Vaccination in Burma 1900-1911 - 1900-1911
Year: 1900
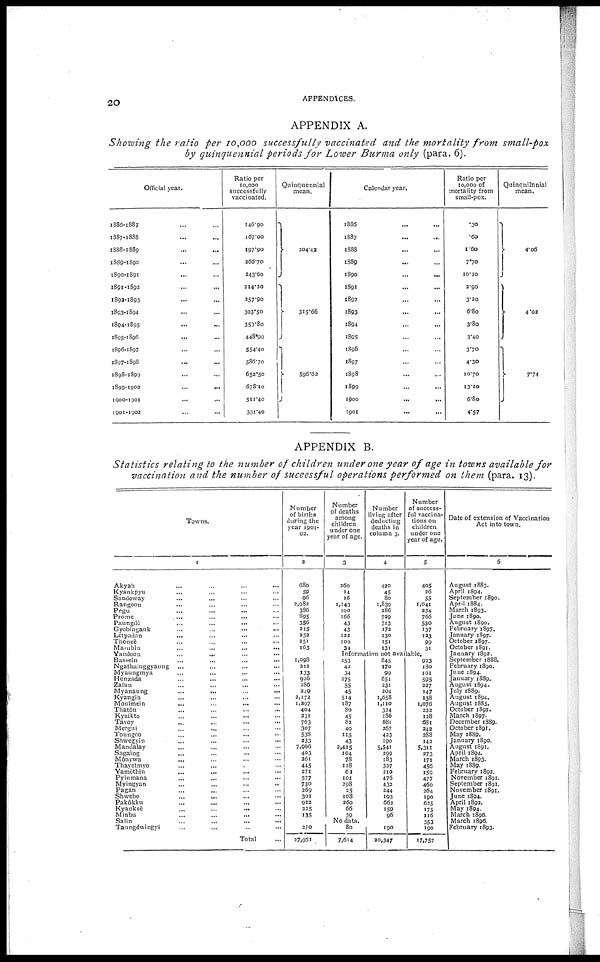
20
APPENDICES.
APPENDIX A.
Showing the ratio per 10,000 successfully vaccinated and the mortality from small-pox
by quinquennial periods for Lower Burma only (para. 6).
Official year.
1886-1887 ... ...
1887-1888 ... ...
1888-1889 ... ...
1889-1890 ... ...
1890-1891
...
...
1891-1892 ... ...
1892-1893 ... ...
1893-1894 ... ...
1894-1895
...
...
1895-1896 ... ...
1896-1897 ... ...
1897-1898 ... ...
1898-1899 ... ...
1899-1900 ... ...
1900-1901 ... ...
1901-1902 ... ...
Ratio per
10,000
successfully
vaccinated.
146.90
167.00
197.90
266.70
243.60
214.20
257.90
303.50
353.80
448.90
554.40
586.70
652.50
678.10
511.40
331.40
Quinquennial
mean.
204.42
315.66
596.62
Calendar year.
1886 ... ...
1887 ... ...
1888 ... ...
1889 ... ...
1890 ... ...
1891 ... ...
1892 ... ...
1893 ... ...
1894 ... ...
1895 ... ...
1896 ... ...
1897 ... ...
1898 ... ...
1899 ... ...
1900
...
...
1901
...
...
Ratio per
10,000 Of
mortality from
small-pox.
.30
.60
1.60
7.70
10.10
3.90
3.20
6.80
3.8o
3.40
3.70
4.30
10.70
13.20
6.8o
4.57
Quinquilnnial
mean.
4.06
4.02
7.74
APPENDIX B.
Statistics relating to the number of children under one year of age in towns available for
vaccination and the number of successful operations performed on them (para. 13).
Towns.
1
Akyab ... ... ... ...
Kyankpyu ... ... ... ...
Sandoway ... ... ... ...
Rangoon ... ... ... ...
Pegu ... ... ... ...
Prome ... ... ... ...
Paungde ... ... ... ...
Gyobingauk ... ... ... ...
Letpadsn ... ... ... ...
Thonzè ... ... ... ...
Ma-ubin ... ... ... ...
Yandoon ... ... ... ...
Bassein ... ... ... ...
Ngathainggyanng ... ... ... ...
Myaungmya ... ... ... ...
Henzada ... ... ... ...
Zalun ... ... ... ...
Myanaung ... ... ... ...
Kyangin ... ... ... ...
Moulmein ... ... ... ...
Thatôn ... ... ... ...
Kyaikto ... ... ... ...
Tavoy ... ... ... ...
Mergui ... ... ... ...
Toungoo ... ... ... ...
Shwegyin ... ... ... ...
Mandalay ... ... ... ...
Sagaing ... ... ... ...
Mônywa ... ... ... ...
Thayetmyo ... ... ... ...
Yamèthin ... ... ... ...
Pyinmana ... ... ... ...
Myingyan ... ... ... ...
Pagan ... ... ... ...
Shwebo ... ... ... ...
Pakôkku ... ... ... ...
Kyauksè ... ... ... ...
Minbu ... ... ... ...
Salin ... ... ... ...
Taungdwingyi ... ... ... ...
Total ... ... ... ...
Number
of births
during the
year 1901-
02.
2
680
59
96
2,982
386
895
356
215
252
251
165
Number
of deaths
among
children
under one
year of age.
3
260
14
16
1,143
100
166
43
43
122
100
34
Number
living after
deducting
deaths in
column 3.
4
420
45
80
1,839
286
729
313
172
130
151
131
Number
of success-
ful vaccina-
tions on
children
under one
year of age.
5
405
36
55
1,041
234
766
530
137
123
99
31
Information not available.
1,098
212
133
926
286
249
2,172
1,297
404
231
763
307
538
333
7,966
403
261
445
271
577
730
269
301
922
225
135
253
42
34
275
55
45
514
187
80
45
82
40
115
43
2,425
104
78
118
61
101
298
25
108
260
66
39
845
170
99
651
231
204
1,658
1,110
324
186
681
267
423
190
5,541
299
183
337
210
476
432
244
193
662
159
96
No data.
270
27,961
80
7,614
190
20,347
923
180
101
595
227
147
138
1,076
222
128
681
242
288
142
5,311
273
171
456
159
477
460
264
190
625
175
116
353
190
17,757
Date of extension of Vaccination
Act into town.
6
August 1883.
April 1894.
September 1890.
April 1884.
March 1893.
June 1890.
August 1890.
February 1897.
January 1897.
October 1897.
October 1891.
January 1892.
September 1888.
February 1890.
June 1894.
January 1889.
August 1894.
July 1889.
August 1894.
August 1885.
October 1891.
March 1897.
December 1889.
October 1891.
May 1889.
January 1890.
August 1891.
April 1894.
March 1893.
May 1889.
February 1892.
November 1891.
September 1891.
November 1891.
June 1894.
April 1893.
May 1894.
March 1896.
March 1896.
February 1893.